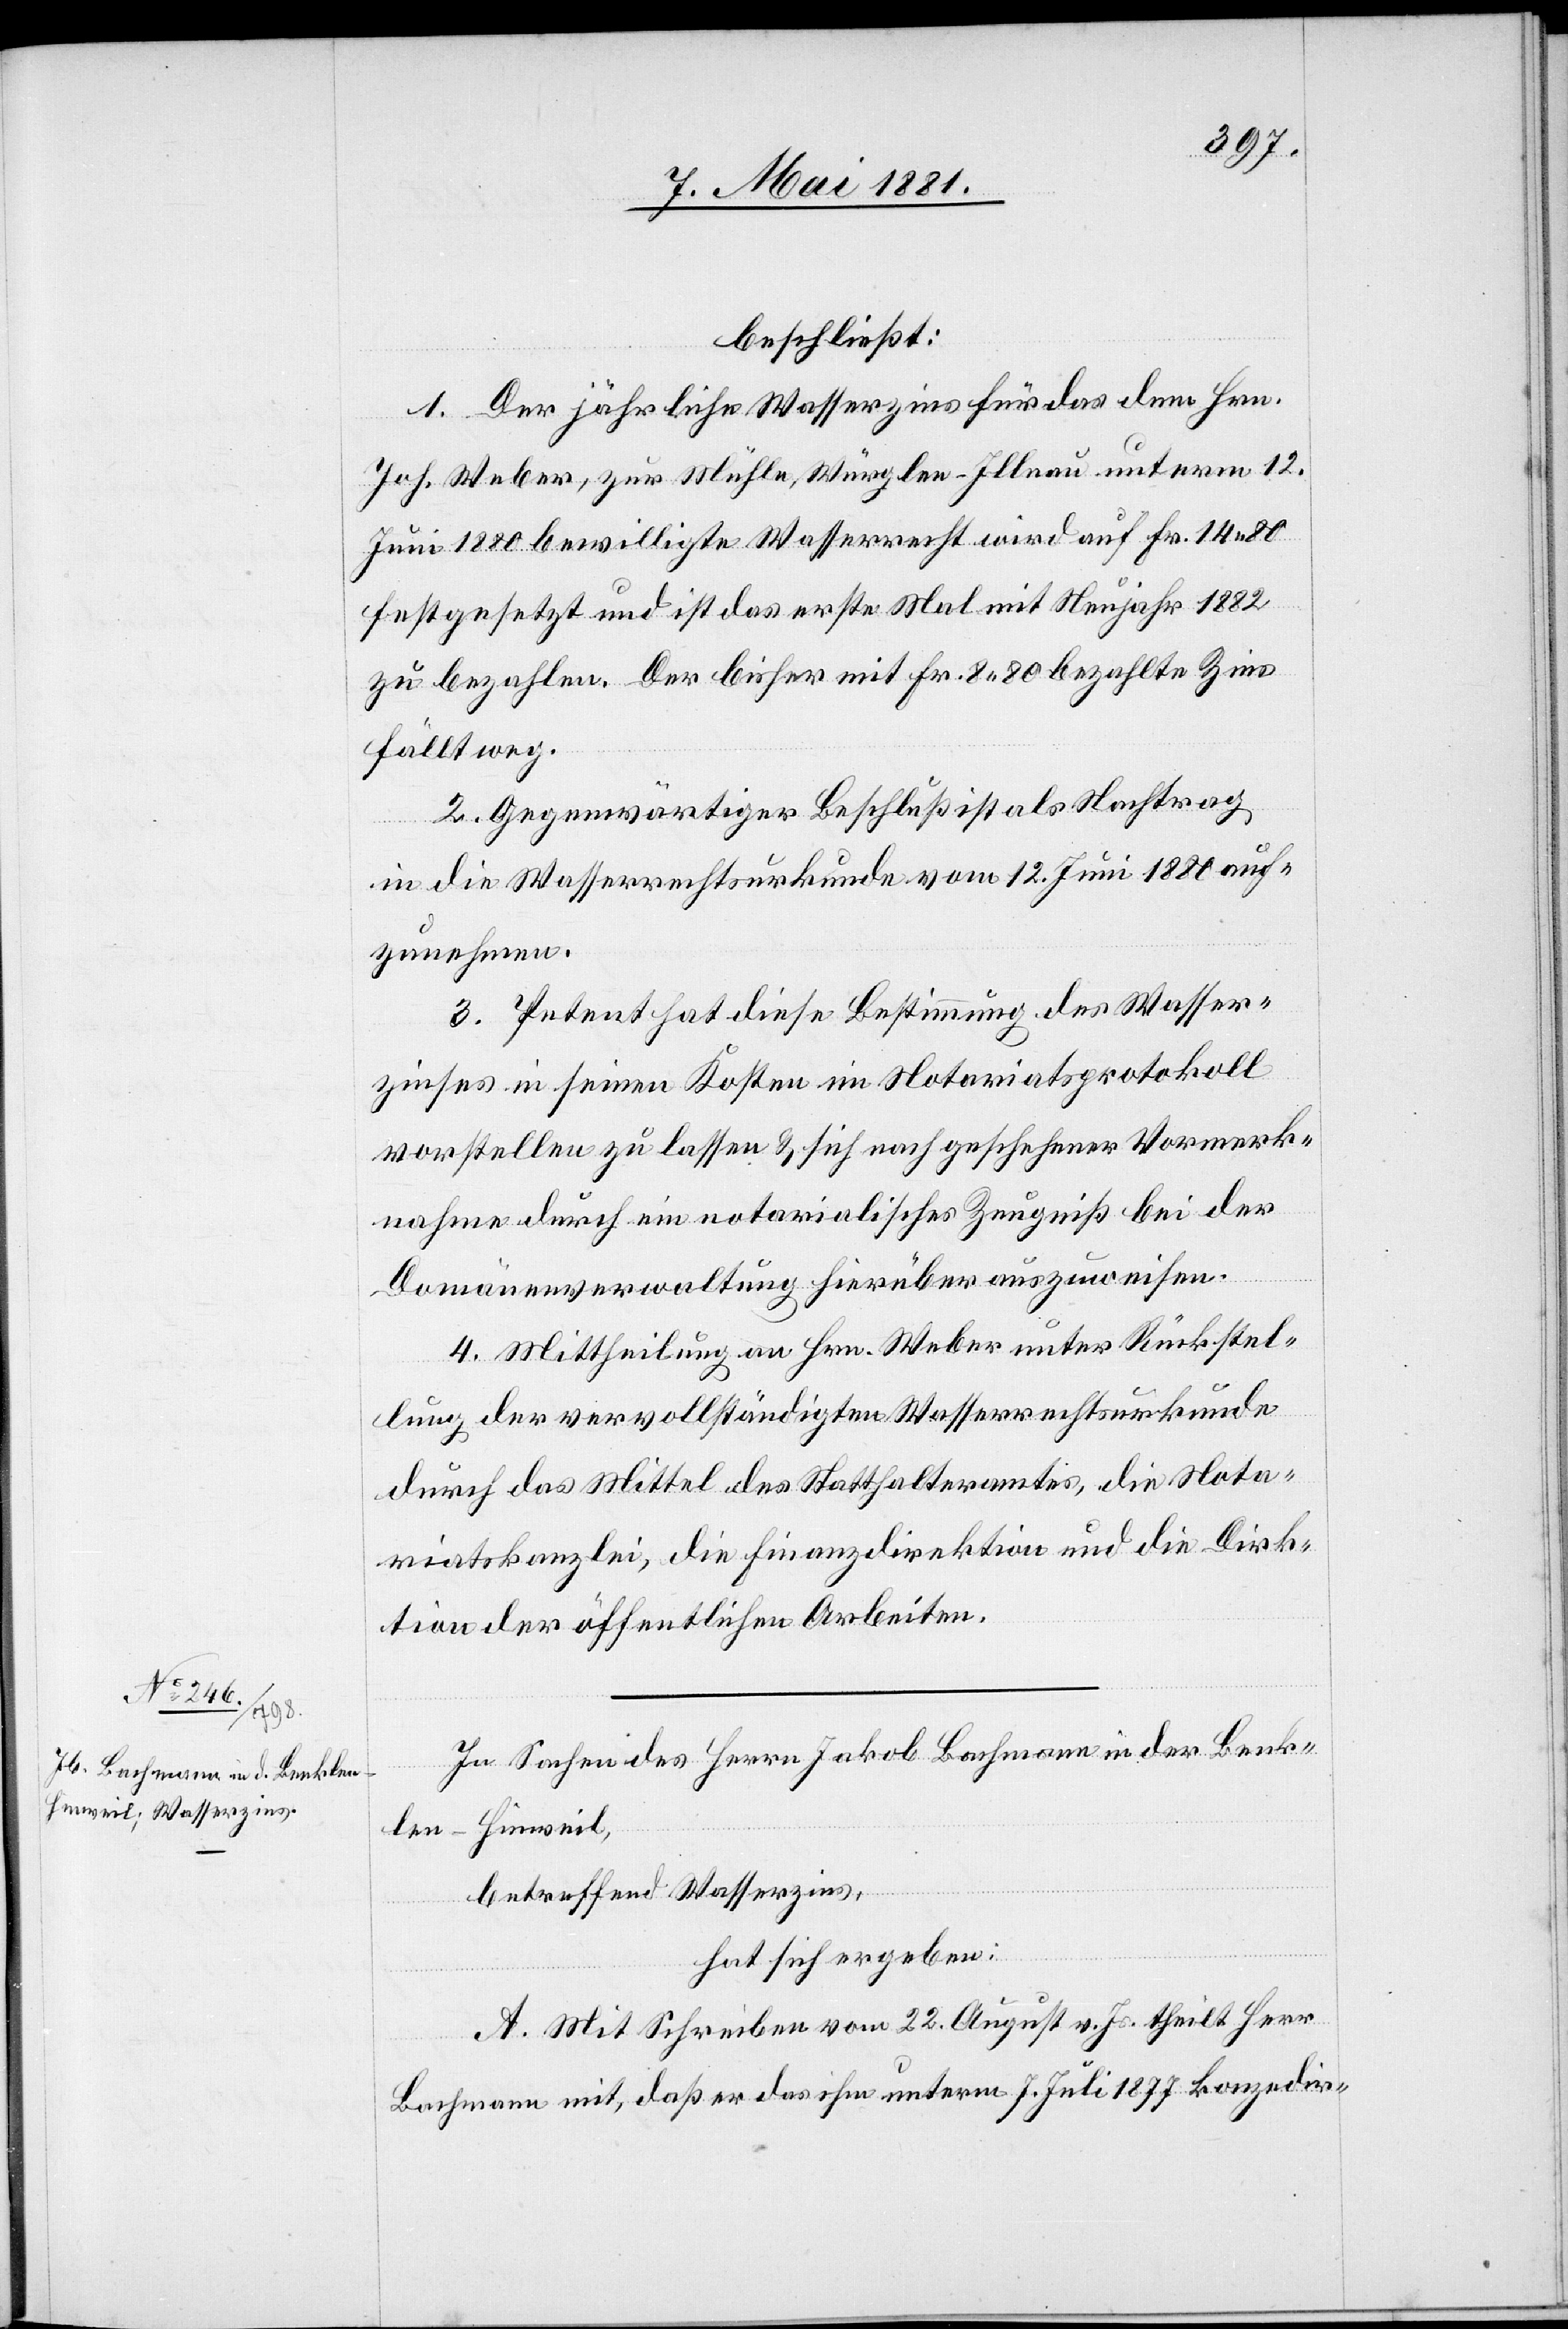
beschließt:
1. Der jährliche Wasserzins für das dem Hrn.
Joh. Weber, zur Mühle, Würglen - Illnau unterm 12.
Juni 1880 bewilligte Wasserrecht wird auf Fr. 14. 80
festgesetzt und ist das erste Mal mit Neujahr 1882
zu bezahlen. Der bisher mit Fr. 8. 80 bezahlte Zins
fällt weg.
2. Gegenwärtiger Beschluß ist als Nachtrag
in die Wasserrechtsurkunde vom 12. Juni 1880 auf¬
zunehmen.
3. Petent hat diese Bestimmung des Wasser¬
zinses in seinen Kosten im Notariatsprotokoll
vorstellen zu lassen & sich nach geschehener Vormerk¬
nahme durch ein notarialisches Zeugniß bei der
Domänenverwaltung hierüber auszuweisen.
4. Mittheilung an Hrn. Weber unter Rückstel¬
lung der vervollständigten Wasserrechtsurkunde
durch das Mittel des Statthalteramtes, die Nota¬
riatskanzlei, die Finanzdirektion und die Direk¬
tion der öffentlichen Arbeiten.
In Sachen des Herrn Jakob Bachmann in Benk¬
len - Hinweil,
betreffend Wasserzins,
hat sich ergeben:
A. Mit Schreiben vom 22. August v. Jr. theilt Herr
Bachmann mit, daß er das ihm unterm 7. Juli 1877 konzedir-